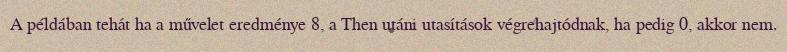
A példában tehát ha a művelet eredménye 8, a Then utáni utasítások végrehajtódnak, ha pedig 0, akkor nem.